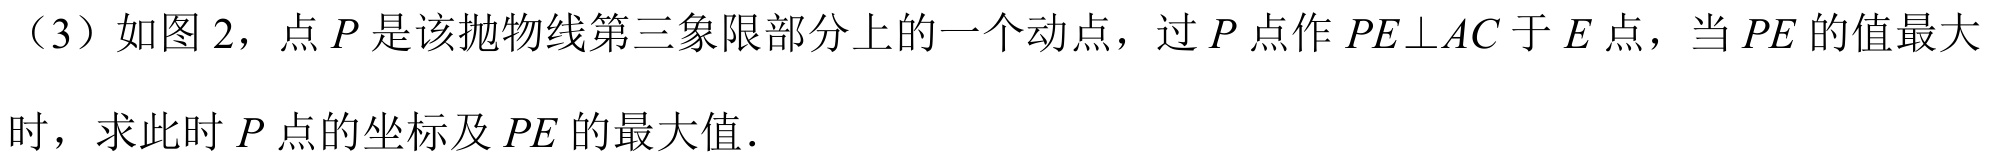
（3）如图 2，点\(P\)是该抛物线第三象限部分上的一个动点，过\(P\)点作\(PE\perp AC\)于\(E\)点，当\(PE\)的值最大
时，求此时\(P\)点的坐标及\(PE\)的最大值．